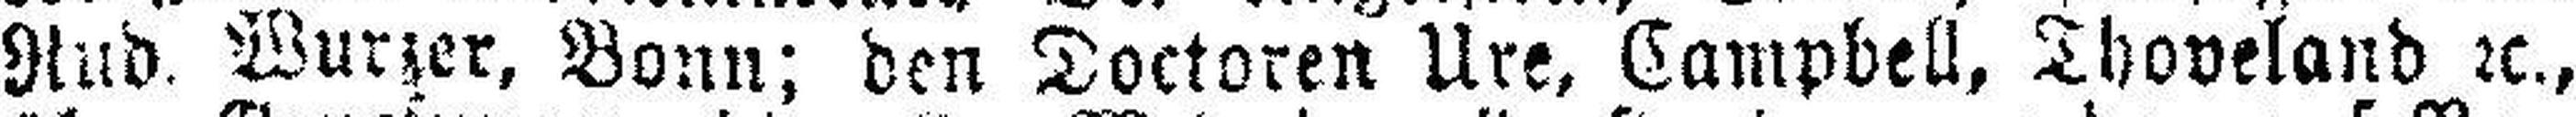
Rud. Wurzer, Bonn; den Doctoren Ure, Campbell, Thoveland 2c.,